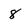
Character: 8